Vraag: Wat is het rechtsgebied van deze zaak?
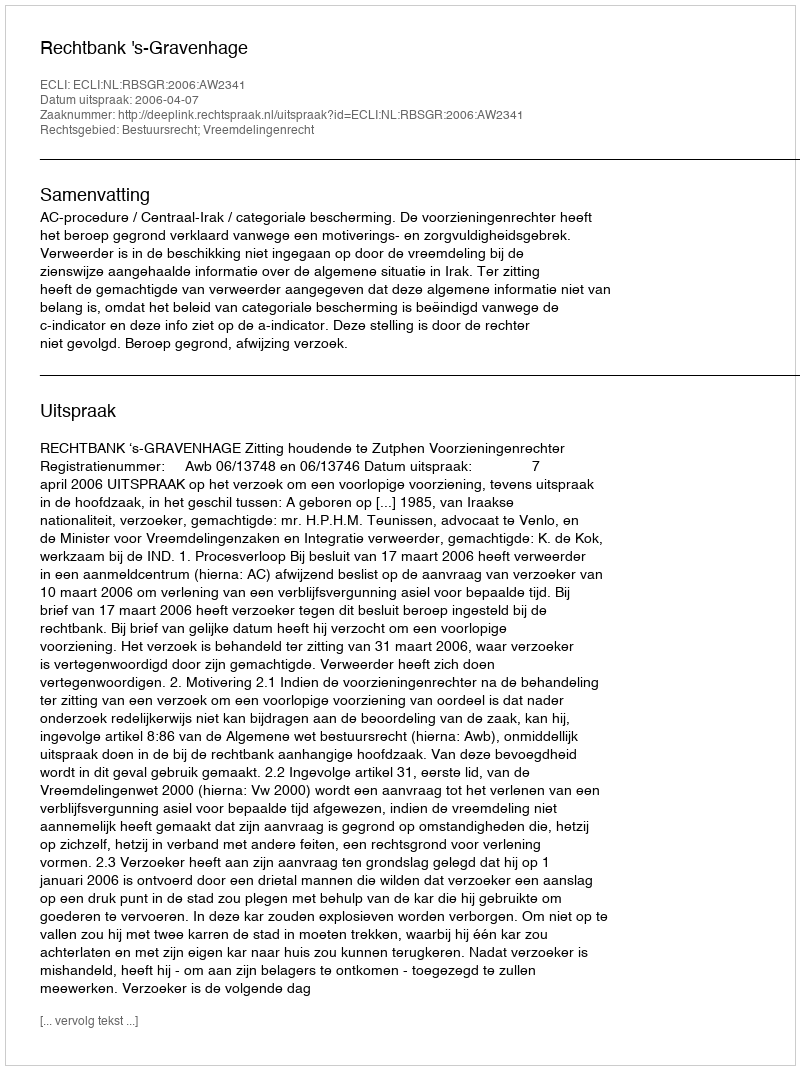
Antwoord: Bestuursrecht; Vreemdelingenrecht